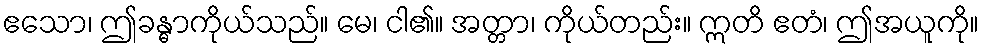
ဧသော၊ ဤခန္ဓာကိုယ်သည်။ မေ၊ ငါ၏။ အတ္တာ၊ ကိုယ်တည်း။ ဣတိ ဧတံ၊ ဤအယူကို။